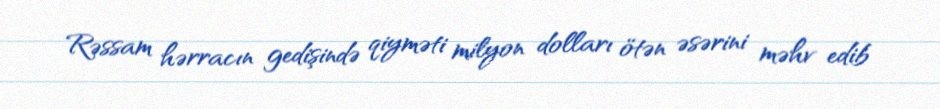
Rəssam hərracın gedişində qiyməti milyon dolları ötən əsərini məhv edib